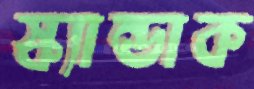
স্ক্যান্ডাক